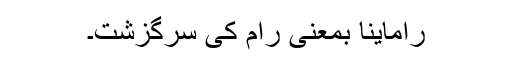
راماینا بمعنی رام کی سرگزشت۔